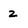
Character: z